Annual report on the Civil Veterinary Department, Burma (including the Insein Veterinary School) - 1932-1941
Year: 1932
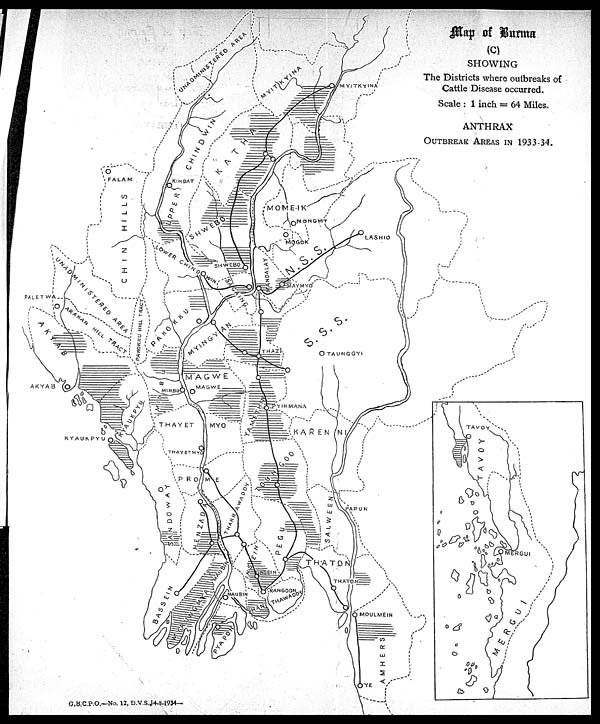
G.B.C.P.O.—No. 12, D.V.S.,14-8-1934—